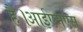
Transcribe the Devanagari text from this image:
हैं।आईएमएस